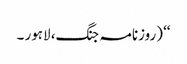
‘‘ (روزنامہ جنگ، لاہور ۔